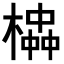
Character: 𪳱